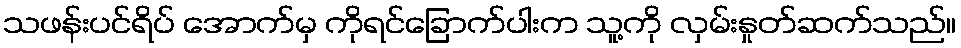
သဖန်းပင်ရိပ် အောက်မှ ကိုရင်ခြောက်ပါးက သူ့ကို လှမ်းနှုတ်ဆက်သည်။